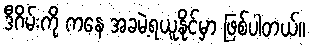
ဒီဂိမ်းကို ကနေ အခမဲ့ရယူနိုင်မှာ ဖြစ်ပါတယ်။